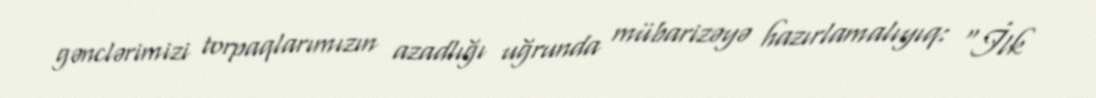
gənclərimizi torpaqlarımızın azadlığı uğrunda mübarizəyə hazırlamalıyıq: “İlk